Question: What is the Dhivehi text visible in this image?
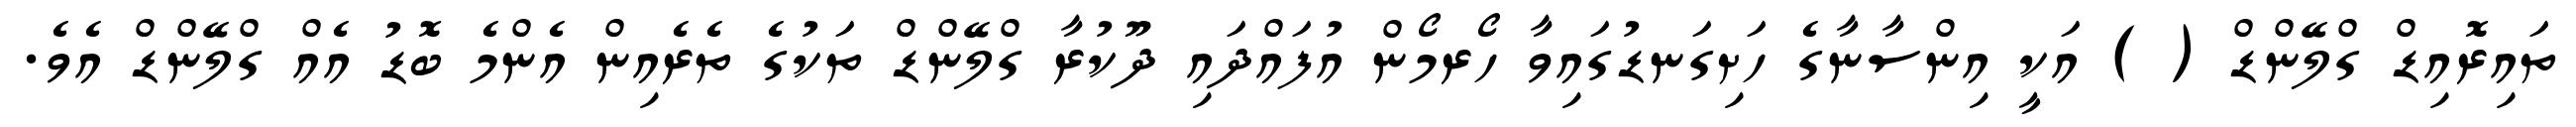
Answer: ތައިރޮއިޑް ގްލޭންޑް ( ) އަކީ އިންސާނާގެ ހަށިގަނޑުގައިވާ ހޯރމޯން އުފައްދައި ދޫކުރާ ގްލޭންޑް ތަކުގެ ތެރެއިން އެންމެ ބޮޑު އެއް ގްލޭންޑް އެވެ.